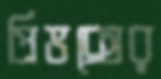
প্রিভক্সের